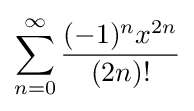
\sum _{n=0}^{\infty }{\frac {(-1)^{n}x^{2n}}{(2n)!}}